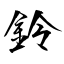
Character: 鈴